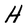
Character: H